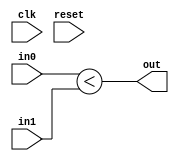
module LtComparator_0x422b1f52edd46a85
(
  input  wire [   0:0] clk,
  input  wire [  15:0] in0,
  input  wire [  15:0] in1,
  output reg  [   0:0] out,
  input  wire [   0:0] reset
);



  // PYMTL SOURCE:
  //
  // @s.combinational
  // def comb_logic():
  //       s.out.value = s.in0 < s.in1

  // logic for comb_logic()
  always @ (*) begin
    out = (in0 < in1);
  end


endmodule